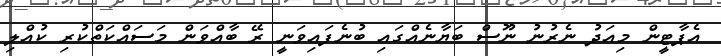
އެޕާޓީން މިއަދު ނެރުނު ނޫަސް ބަޔާނެއްގައި ބުނެފައިވަނީ ރޭ ބާއްވަން މަސައްކަތްކުރި ކުއްލި